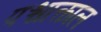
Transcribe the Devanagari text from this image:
पश्चात्काल